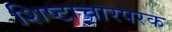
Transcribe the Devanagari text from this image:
शिष्टाचारपरक